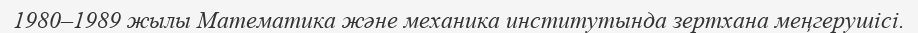
1980–1989 жылы Математика және механика институтында зертхана меңгерушісі.